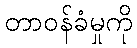
တာဝန်ခံမှုကို